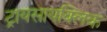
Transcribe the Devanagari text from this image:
ट्रायसायक्लिक